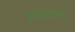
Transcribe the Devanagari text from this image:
अप्रकटतता